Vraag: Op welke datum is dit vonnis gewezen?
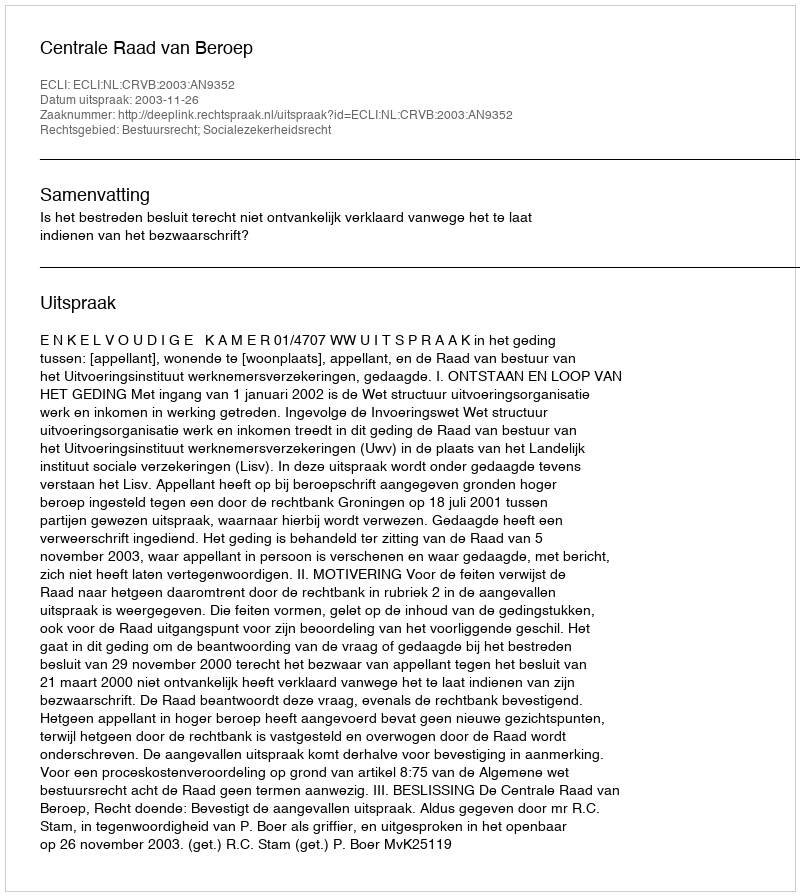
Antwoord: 2003-11-26